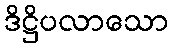
ဒိဋ္ဌိပလာသော